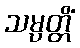
သမ္ပတ္တိံ